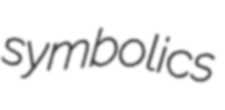
symbolics